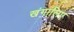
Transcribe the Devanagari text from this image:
खंगालिए